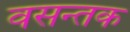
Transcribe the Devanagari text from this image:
वसन्तक